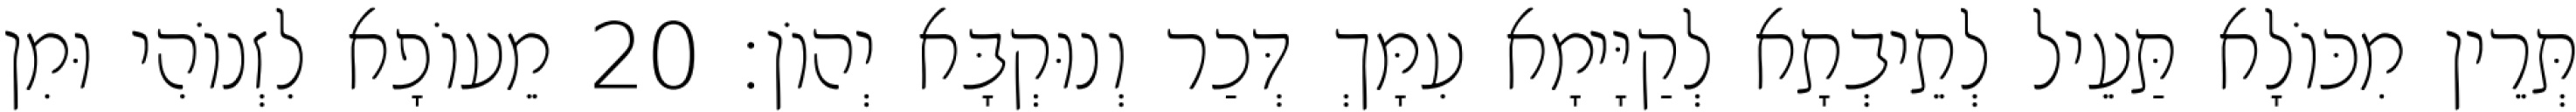
תְּרֵין מִכּוֹלָא תַּעֵיל לְתֵיבְתָא לְקַיָּימָא עִמָּךְ דְּכַר וְנוּקְבָּא יְהוֹן׃ 20 מֵעוֹפָא לִזְנוֹהִי וּמִן